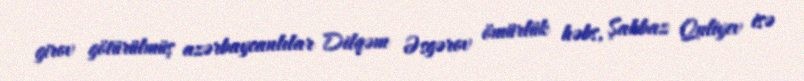
girov götürülmüş azərbaycanlılar Dilqəm Əsgərov ömürlük həbs, Şahbaz Quliyev isə